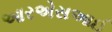
આરએસઆઈ